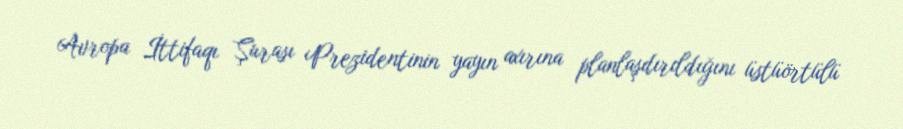
Avropa İttifaqı Şurası Prezidentinin yayın axırına planlaşdırıldığını üstüörtülü